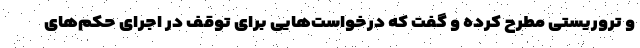
و تروریستی مطرح کرده و گفت که درخواست‌هایی برای توقف در اجرای حکم‌های